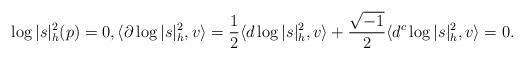
LaTeX: \begin{align*}\log |s|_{h}^2(p) = 0, \langle \partial \log |s|^2_{h}, v \rangle = \frac{1}{2} \langle d \log |s|^2_{h}, v \rangle + \frac{\sqrt{-1}}{2} \langle d^c \log |s|^2_{h}, v\rangle = 0. \end{align*}